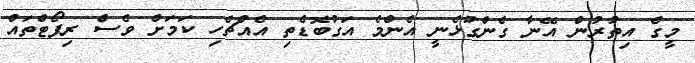
މީގެ އިތުރުން އޭނާ ގެންގުޅެނީ އެންމެ އަގުބޮޑެތި އެއްޗެހި ކަމަށް ވެސް ރިޕޯޓްތައް